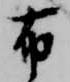
布